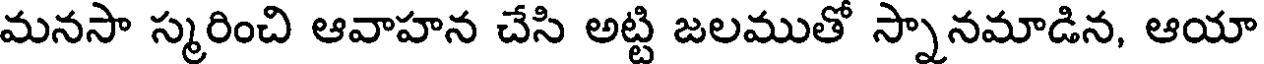
మనసా స్మరించి ఆవాహన చేసి అట్టి జలముతో స్నానమాడిన, ఆయా